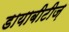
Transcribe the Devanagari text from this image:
डायाबीटीज़